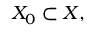
X _ { 0 } \subset X ,